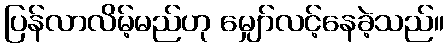
ပြန်လာလိမ့်မည်ဟု မျှော်လင့်နေခဲ့သည်။